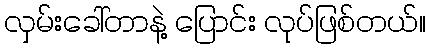
လှမ်းခေါ်တာနဲ့ ပြောင်း လုပ်ဖြစ်တယ်။